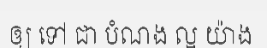
ឲ្យ ទៅ ជា បំណង ល្អ យ៉ាង